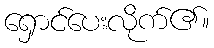
ရှောင်ပေးလိုက်၏။